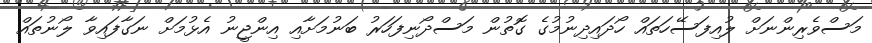
މަސްވެރިންނަށް ލުއިފަސޭހަތައް ހޯދައިދިނުމުގެ ގޮތުން މަސްދޯނިފަހަރު ބަނުމަށާއި އިންޖީނު އެޅުމަށް ނަގާފައިވާ ލޯނުތައް